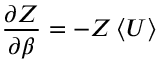
\frac { \partial Z } { \partial \beta } = - Z \left< U \right>